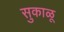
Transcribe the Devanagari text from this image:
सुकाळू